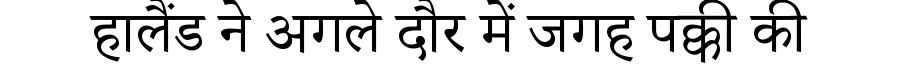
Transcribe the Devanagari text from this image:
हालैंड ने अगले दौर में जगह पक्की की